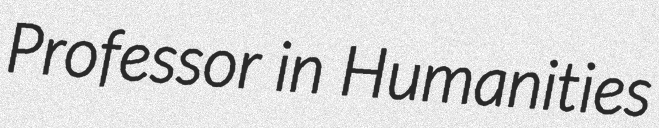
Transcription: Professor in Humanities